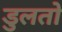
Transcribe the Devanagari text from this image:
डुलतो